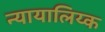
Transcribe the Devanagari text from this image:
न्यायालिय्क